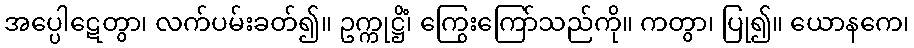
အပ္ပေါဋေတွာ၊ လက်ပမ်းခတ်၍။ ဥက္ကုဋ္ဌိံ၊ ကြွေးကြော်သည်ကို။ ကတွာ၊ ပြု၍။ ယောနကေ၊